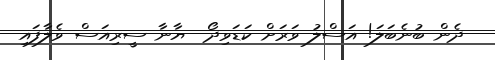
ދެން ބުނެބަލަ! އަސްލު ވަރަށް ކަޑަވިދޯ  ޔާނާ ސީރިއަސް ވެލާފައި